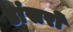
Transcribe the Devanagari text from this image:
डांसरों